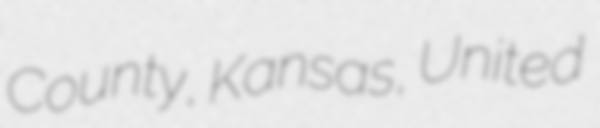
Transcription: County, Kansas, United